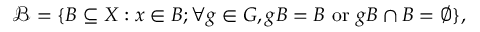
{ \mathcal { B } } = \{ B \subseteq X : x \in B ; \forall g \in G , g B = B \ \mathrm { o r } \ g B \cap B = \emptyset \} ,